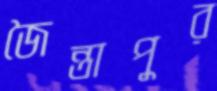
জৈন্তাপুর